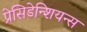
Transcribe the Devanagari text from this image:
प्रेसिडेन्शियन्स